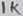
Text: 1K